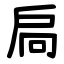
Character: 扃